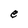
Character: e